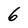
Character: 6